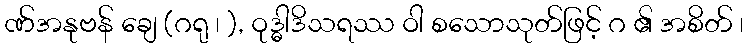
ဏ်အနုဗန် ချေ (ဂရု ၊ ), ဝုဒ္ဓါဒိသရဿ ဝါ စသောသုတ်ဖြင့် ဂ ၏ အစိတ် ၊